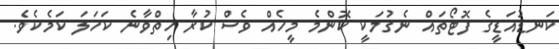
ކަނޑުއަޑީގެ ފޮޓޯތައް ނެގުމަކީ ކޮންމެ މީހެއް ވެސް ކުރާ ހިތްވާނެ ކަހަލަ ކަމެކެވެ.